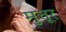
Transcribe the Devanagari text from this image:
मुत्तूर